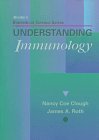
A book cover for Mosby's Biomedical Science Series: Understanding Immunology, 1e; Nancy Coe-Clough DVM  PhD; Medical Books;